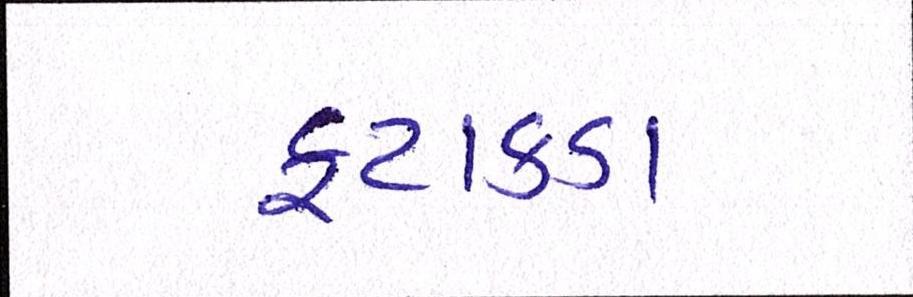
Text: ફટાકડા